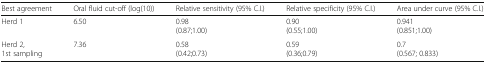
| Best agreement | Oral fluid cut-off (log(10)) | Relative sensitivity (95% C.I.) | Relative specificity (95% C.I.) | Area under curve (95% C.I.) |
 | --- | --- | --- | --- | --- |
 | Herd 1 | 6.50 | 0.98(0.87;1.00) | 0.90(0.55;1.00) | 0.941(0.851;1.00) |
 | Herd 2,1st sampling | 7.36 | 0.58(0.42;0.73) | 0.59(0.36;0.79) | 0.7(0.567; 0.833) |